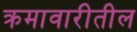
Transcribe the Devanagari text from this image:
क्रमावारीतील